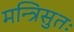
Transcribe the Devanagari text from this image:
मन्त्रिसुतः